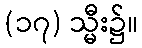
(၁၇) သ္မီး၌။